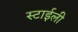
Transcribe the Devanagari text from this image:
स्टाईली